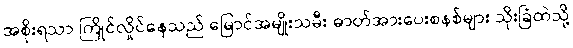
အစိုးရသာ ကြိုင်လှိုင်နေသည် မြောင်အမျိုးသမီး ဓာတ်အားပေးစနစ်များ သိုးခြံထဲသို့